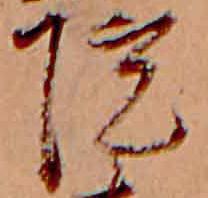
院